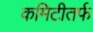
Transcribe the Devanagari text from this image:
कमिटीतर्फ